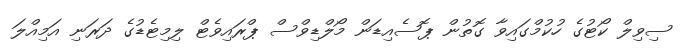
ސިވިލް ކޯޓުގެ ހުކުމްގައިވާ ގޮތުން ޕޮސެއިޑަން މޯލްޑިވްސް ޕްރައިވެޓް ލިމިޓެޑުގެ ދަރަނި އަމިއްލަ